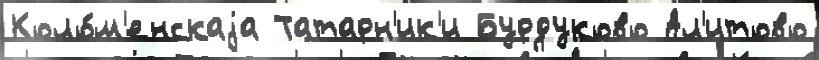
Коло́м'енскаjа Татарн'ик'и Бурдуково Ал'итово